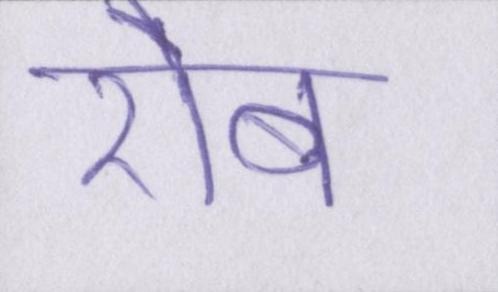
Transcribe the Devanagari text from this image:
रौब